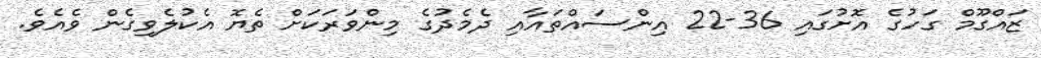
ޒައްގޫމް ގަހުގެ އޮށުގައި 36-22 އިންސައްތައާއި ދެމެދުގެ މިންވަރަކަށް ތެޔޮ އެކުލެވިގެން ވެއެވެ.